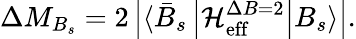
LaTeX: \Delta M_{B_{s}}=2\left|\langle\bar{B}_{s}\left|\mathcal{H}_{\mathrm{eff}}^{\Delta B=2}\right|B_{s}\rangle\right|.